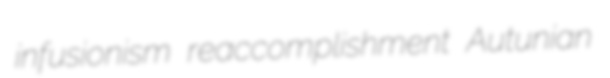
infusionism reaccomplishment Autunian